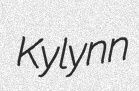
Kylynn